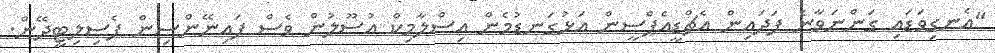
"އެނގިވަޑައި ގަންނަވާނެ ފަދައިން އެޗްޑީއެފްސީން އަޅުގަނޑުމެން އިސްލާމިކް އުސޫލުން ވެސް ފައިނޭންސިން ފެސިލިޓީދޭން.